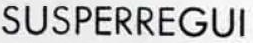
SUSPERREGUI